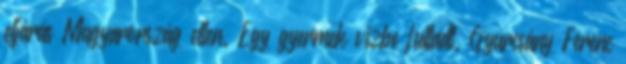
eljárás Magyarország ellen. Egy gyermek vízbe fulladt. Gyurcsány Ferenc